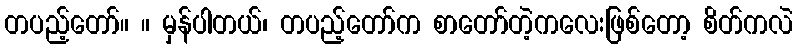
တပည့်တော်။ ။ မှန်ပါတယ်၊ တပည့်တော်က စာတော်တဲ့ကလေးဖြစ်တော့ စိတ်ကလဲ